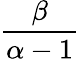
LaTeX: \frac{\beta}{\alpha-1}